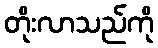
တိုးလာသည်ကို